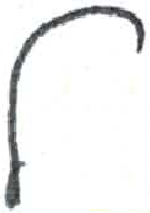
אות: ל